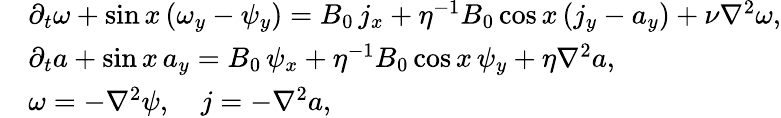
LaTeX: \begin{array}{rl}&{\partial_{t}\omega+\sin x\, (\omega_{y}-\psi_{y})=B_{0}\, j_{x}+\eta^{-1}B_{0}\cos x\, (j_{y}-a_{y})+\nu\nabla^{2}\omega,}\\ &{\partial_{t}a+\sin x\, a_{y}=B_{0}\, \psi_{x}+\eta^{-1}B_{0}\cos x\, \psi_{y}+\eta\nabla^{2}a,}\\ &{\omega=-\nabla^{2}\psi,\quad j=-\nabla^{2}a,}\end{array}